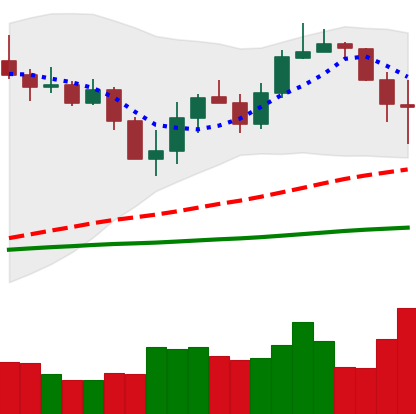
Ticker: LINK-USD
Chart end date: 2020-03-09
Forward return: -47.255%
Label: down_7plus